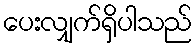
ပေးလျှက်ရှိပါသည်